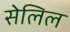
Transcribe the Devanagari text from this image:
सेलिल